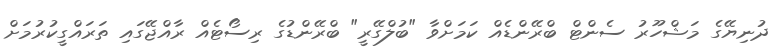
ދުނިޔޭގެ މަޝްހޫރު ސެންޓް ބްރޭންޑެއް ކަމަށްވާ "ބުލްގޭރީ" ބްރޭންޑުގެ ރިސޯޓެއް ރާއްޖޭގައި ތަރައްގީކުރުމަށް